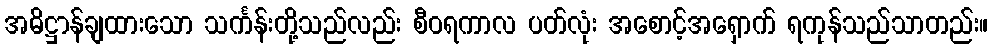
အဓိဋ္ဌာန်ချထားသော သင်္ကန်းတို့သည်လည်း စီဝရကာလ ပတ်လုံး အစောင့်အရှောက် ရကုန်သည်သာတည်း။